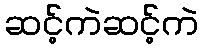
ဆင့်ကဲဆင့်ကဲ